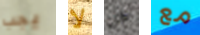
يجب لا كل مع